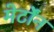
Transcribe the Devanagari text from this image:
मेर्टोंन